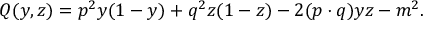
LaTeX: Q ( y , z ) = p ^ { 2 } y ( 1 - y ) + q ^ { 2 } z ( 1 - z ) - 2 ( p \cdot q ) y z - m ^ { 2 } .